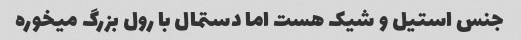
جنس استیل و شیک هست اما دستمال با رول بزرگ میخوره